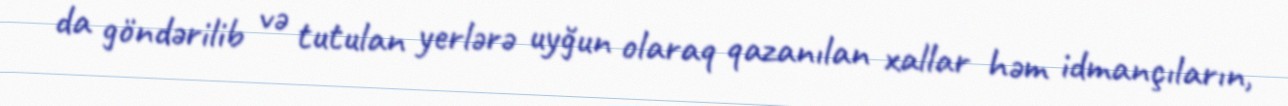
da göndərilib və tutulan yerlərə uyğun olaraq qazanılan xallar həm idmançıların,